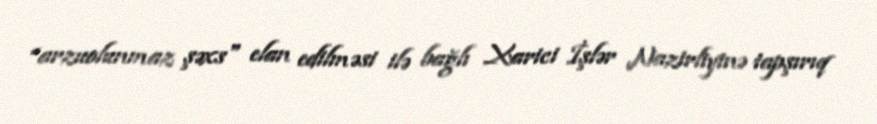
“arzuolunmaz şəxs" elan edilməsi ilə bağlı Xarici İşlər Nazirliyinə tapşırıq